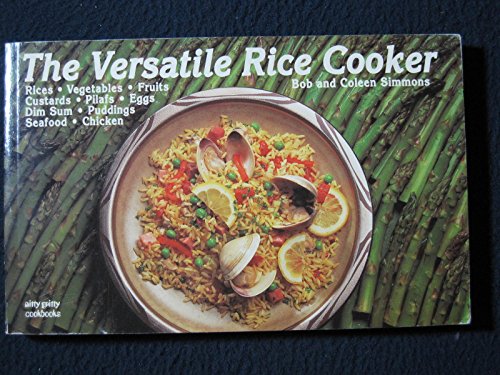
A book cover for The Versatile Rice Cooker (Nitty Gritty Cookbooks); Bob Simmons; Cookbooks, Food & Wine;